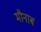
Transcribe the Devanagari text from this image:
मीनाब